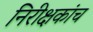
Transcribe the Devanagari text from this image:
निरीक्षकांच